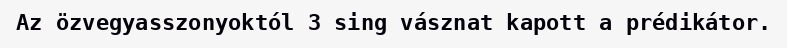
Az özvegyasszonyoktól 3 sing vásznat kapott a prédikátor.